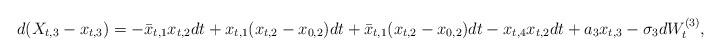
LaTeX: \begin{align*}d(X_{t,3} - x_{t,3}) = -\bar{x}_{t,1}x_{t,2}dt + x_{t,1}(x_{t,2} - x_{0,2})dt + \bar{x}_{t,1}(x_{t,2} - x_{0,2})dt - x_{t,4}x_{t,2}dt + a_3 x_{t,3} - \sigma_3 dW_t^{(3)},\end{align*}